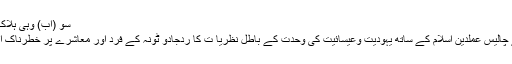
سو (اب) وہی ہلاک ہوں گے جو نافرمان تھے Share
الجامع الفريدجنت میں لے جانے والے چالیس عملدين اسلام كے ساتھ یہودیت وعیسائیت کی وحدت کے باطل نظریا ت کا ردّجادو ٹونہ کے فرد اور معاشرے پر خطرناک اثراتقرآن کریم مع اردو ترجمہ وتفسیر